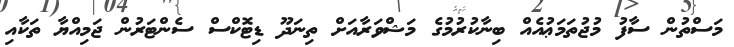
މަސްތުން ސާފު މުޖުތަމަޢުއެއް ބިނާކުރުމުގެ މަޝްވަރާއަށް ތިނަދޫ ޑިޓޮކްސް ސެންޓަރުން ޖަމިއްޔާ ތަކާއި